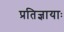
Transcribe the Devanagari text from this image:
प्रतिज्ञायाः